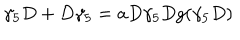
LaTeX: \gamma _ { 5 } D + D \gamma _ { 5 } = a D \gamma _ { 5 } D g ( \gamma _ { 5 } D )